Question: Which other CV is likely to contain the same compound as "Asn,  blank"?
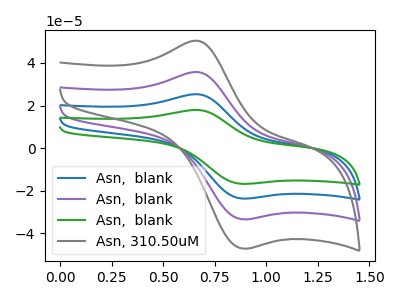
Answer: <think>The blue curve "Asn,  blank" has an anodic peak at (0.65V, 71.40uA) and a cathodic peak at (0.90V, -66.65uA). The purple curve "Asn,  blank" has an anodic peak at (0.65V, 35.70uA) and a cathodic peak at (0.90V, -33.35uA). The green curve "Asn,  blank" has an anodic peak at (0.65V, 107.15uA) and a cathodic peak at (0.90V, -100.00uA). The gray curve "Asn, 310.50uM" has an anodic peak at (0.65V, 50.40uA) and a cathodic peak at (0.90V, -47.05uA).
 All the peaks in "Asn,  blank" have a peak in "Asn,  blank" at the same potential. Every peak in "Asn,  blank" is higher than every peak in "Asn,  blank". All the peaks in "Asn,  blank" have a peak in "Asn,  blank" at the same potential. Every peak in "Asn,  blank" is lower than every peak in "Asn,  blank". All the peaks in "Asn,  blank" have a peak in "Asn, 310.50uM" at the same potential. Every peak in "Asn,  blank" is higher than every peak in "Asn, 310.50uM". All the peaks in "Asn,  blank" have a peak in "Asn,  blank" at the same potential. Every peak in "Asn,  blank" is lower than every peak in "Asn,  blank". All the peaks in "Asn,  blank" have a peak in "Asn, 310.50uM" at the same potential. Every peak in "Asn,  blank" is lower than every peak in "Asn, 310.50uM". All the peaks in "Asn,  blank" have a peak in "Asn, 310.50uM" at the same potential. Every peak in "Asn,  blank" is higher than every peak in "Asn, 310.50uM".</think>
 <answer>"Asn,  blank", "Asn,  blank" and "Asn,  blank" have a similar shape to "Asn, 310.50uM".</answer>
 <eval>"Asn,  blank" "Asn,  blank" "Asn,  blank"</eval>